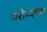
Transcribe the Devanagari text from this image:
मरोऱ्याच्या